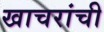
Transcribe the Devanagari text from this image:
खाचरांची